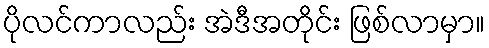
ပိုလင်ကာလည်း အဲဒီအတိုင်း ဖြစ်လာမှာ။